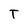
Character: T